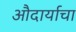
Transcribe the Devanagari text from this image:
औदार्याचा